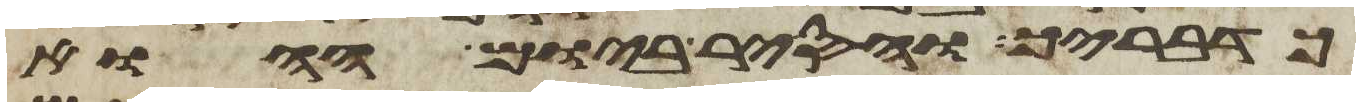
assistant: כדבריך ויסר ביום ההוא